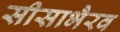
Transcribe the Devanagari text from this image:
सीसाभैरव